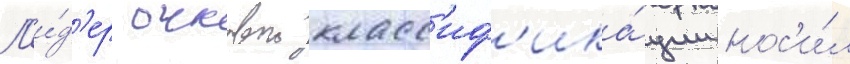
Л'и́д'ер очковои класс'иф'ика́ции нос'и́л